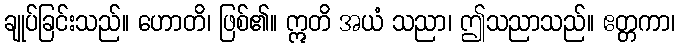
ချုပ်ခြင်းသည်။ ဟောတိ၊ ဖြစ်၏။ ဣတိ အယံ သညာ၊ ဤသညာသည်။ ဧတ္တကာ၊